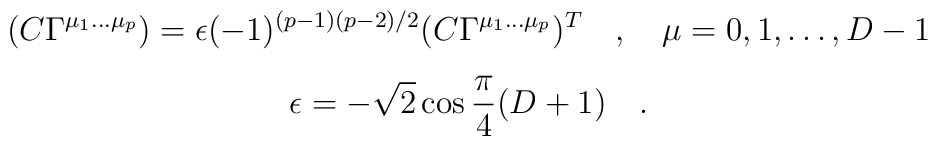
\begin{array}{c}\displaystyle(C \Gamma^{\mu_1\dots \mu_p}) = \epsilon (-1)^{(p-1)(p-2)/2}(C\Gamma^{\mu_1\dots \mu_p})^T \quad,\quad\mu=0,1,\dots,D-1\\[0.3cm]\displaystyle\epsilon = -\sqrt{2} \cos {\pi\over 4} (D+1)\quad.\end{array}